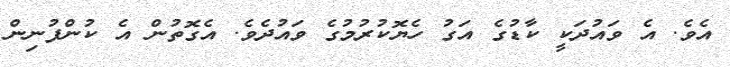
އެވެ. އެ ވައުދަކީ ކާޑުގެ އަގު ހެޔޮކުރުމުގެ ވައުދެވެ. އެގޮތުން އެ ކުންފުނިން